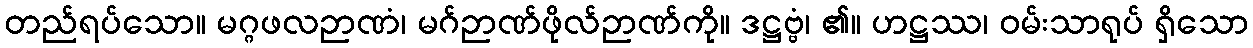
တည်ရပ်သော။ မဂ္ဂဖလဉာဏံ၊ မဂ်ဉာဏ်ဖိုလ်ဉာဏ်ကို။ ဒဋ္ဌဗ္ဗံ၊ ၏။ ဟဋ္ဌဿ၊ ဝမ်းသာရုပ် ရှိသော